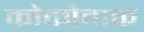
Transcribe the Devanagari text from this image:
कोकोवाक